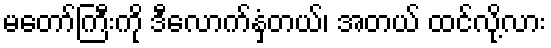
မတော်ကြီးကို ဒီလောက်နှံတယ်၊ အတယ် ထင်လို့လား